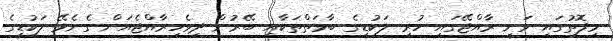
މިފޮތުގައި ވަނީ ރާއްޖޭގައި ހުރި ލަކުޑީގެ ބާވަތްތަކާއި ބޭރުން ދިވެހިރާއްޖެއަށް ގެނެވޭ ލަކުޑީގެ